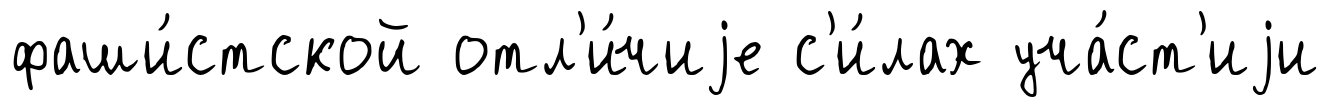
фаши́стской отл'и́чиjе с'и́лах уча́ст'иjи